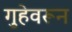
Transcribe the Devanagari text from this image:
गुहेवरून